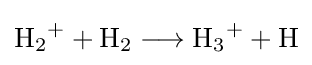
{\mathrm {H} {\vphantom {A}}_{\smash[{t}]{2}}{\vphantom {A}}^{+}{}+{}\mathrm {H} {\vphantom {A}}_{\smash[{t}]{2}}{}\mathrel {\longrightarrow } {}\mathrm {H} {\vphantom {A}}_{\smash[{t}]{3}}{\vphantom {A}}^{+}{}+{}\mathrm {H} }